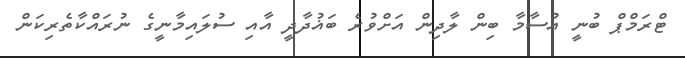
ޓްރަމްޕް ބުނީ އުސާމާ ބިން ލާދިން އަށްވުރެ ބަޣުދާދީ އާއި ސުލައިމާނީގެ ނުރައްކާތެރިކަން